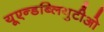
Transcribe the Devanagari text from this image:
यूएन्डब्लियुटीओ